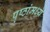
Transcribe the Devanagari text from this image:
पृष्ठांमध्ये